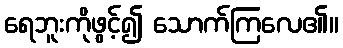
ရေဘူးကိုဖွင့်၍ သောက်ကြလေ၏။